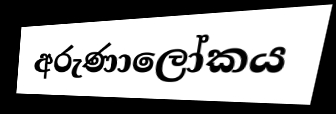
අරුණාලෝකය